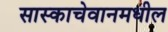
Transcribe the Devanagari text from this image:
सास्काचेवानमधील